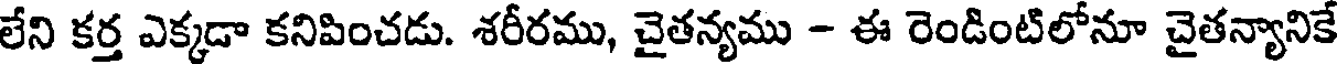
లేని కర్త ఎక్కడా కనిపించడు. శరీరము, చైతన్యము - ఈ రెండింటిలోనూ చైతన్యానికే